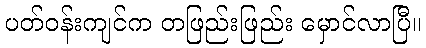
ပတ်ဝန်းကျင်က တဖြည်းဖြည်း မှောင်လာပြီ။